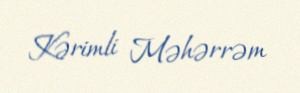
Kərimli Məhərrəm